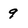
Character: 9